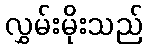
လွှမ်းမိုးသည်